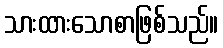
သားထားသောစာဖြစ်သည်။